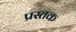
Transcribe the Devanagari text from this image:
प्रस्तक